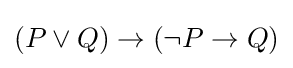
(P\lor Q)\to (\lnot P\to Q)